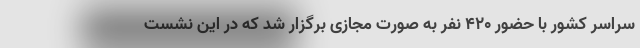
سراسر کشور با حضور ۴۲۰ نفر به صورت مجازی برگزار شد که در این نشست